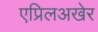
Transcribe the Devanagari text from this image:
एप्रिलअखेर